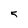
Character: 5